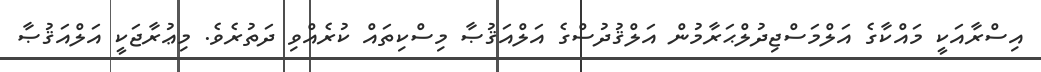
އިސްރާއަކީ މައްކާގެ އަލްމަސްޖިދުލްޙަރާމުން އަލްޤުދުސްގެ އަލްއަޤުޞާ މިސްކިތައް ކުރެއްވި ދަތުރެވެ. މިޢުރާޖަކީ އަލްއަޤުޞާ